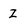
Character: Z